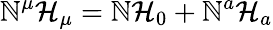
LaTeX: \mathbb{N}^{\mu}\mathcal{{H}}_{\mu}=\mathbb{N}\mathcal{{H}}_{0}+\mathbb{N}^{a}\mathcal{{H}}_{a}